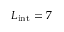
L _ { \mathrm { i n t } } = 7